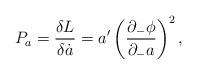
LaTeX: \begin{align*}P_a={{\delta L}\over{\delta\dot a}}={a'}\left({{\partial_-\phi}\over{\partial_-a}}\right)^2,\end{align*}